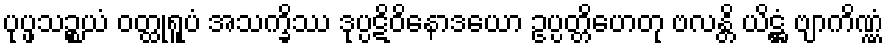
ပုပ္ဖသဉ္စယံ ဝတ္ထုရူပံ အသက္ခိဿ ဒုပ္ပဋိဝိနောဒယော ဥပ္ပတ္တိဟေတု ဗလန္တိ ယိဋ္ဌံ ဗျာကိဏ္ဏံ